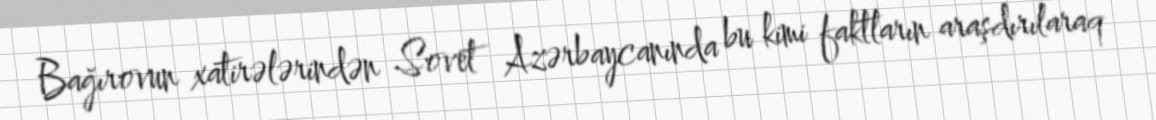
Bağırovun xatirələrindən Sovet Azərbaycanında bu kimi faktların araşdırılaraq